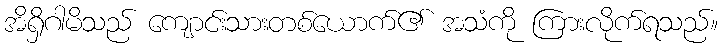
အိရှိဂါမိသည် ကျောင်းသားတစ်ယောက်၏ အသံကို ကြားလိုက်ရသည်။